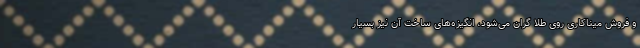
و فروش میناکاری روی طلا گران می‌شود، انگیزه‌های ساخت آن نیز بسیار